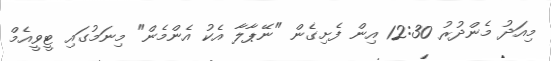
މިއަދު މެންދުރު 12:30 އިން ފެށިގެން "ނޭޕާލާ އެކު އެންމެން" މިނަމުގައި ޓީވީއެމް